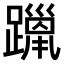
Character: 𫏦